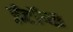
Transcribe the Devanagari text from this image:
ईटॉप्स